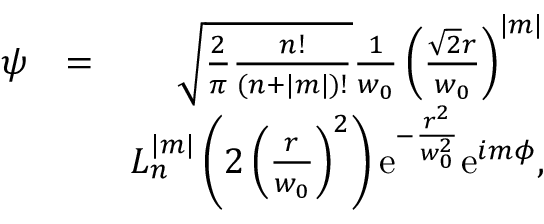
\begin{array} { r l r } { \psi } & { = } & { \sqrt { \frac { 2 } { \pi } \frac { n ! } { ( n + | m | ) ! } } \frac { 1 } { w _ { 0 } } \left( \frac { \sqrt { 2 } r } { w _ { 0 } } \right) ^ { | m | } } \\ & { } & { L _ { n } ^ { | m | } \left( 2 \left( \frac { r } { w _ { 0 } } \right) ^ { 2 } \right) \mathrm { e } ^ { - \frac { r ^ { 2 } } { w _ { 0 } ^ { 2 } } } \mathrm { e } ^ { i m \phi } , } \end{array}